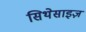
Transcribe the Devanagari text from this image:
सिथेसाइज़